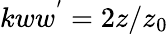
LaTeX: kww^{'}=2z/z_{0}